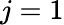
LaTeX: j=1